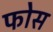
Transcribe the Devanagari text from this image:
फोस